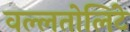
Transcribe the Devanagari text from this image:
वल्लतोलिंटे